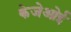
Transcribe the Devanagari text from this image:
केजेओई